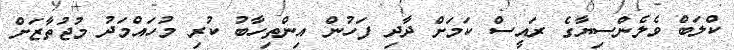
ކްލަބް ވެލެންސިޔާގެ ރައީސް ކަމަށް ދާދި ފަހުން އިންތިހާބު ކުރި މުހައްމަދު މުޖުތާޒަށް